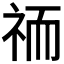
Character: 𮁮